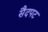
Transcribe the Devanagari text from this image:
सैदपट